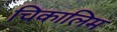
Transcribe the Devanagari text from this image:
चिकालिम